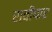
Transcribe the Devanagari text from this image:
रावीपार